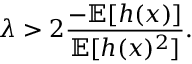
\lambda > 2 \frac { - \mathbb { E } [ h ( x ) ] } { \mathbb { E } [ h ( x ) ^ { 2 } ] } .